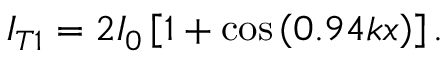
I _ { T 1 } = 2 I _ { 0 } \left[ 1 + \cos \left( 0 . 9 4 k x \right) \right] .